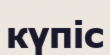
күпіс